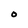
Character: O